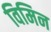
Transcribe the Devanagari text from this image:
विमिन